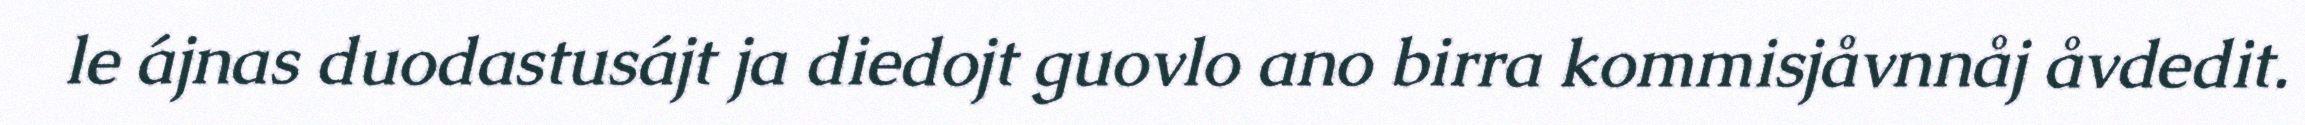
le ájnas duodastusájt ja diedojt guovlo ano birra kommisjåvnnåj åvdedit.